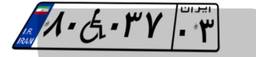
۶۷W۴۷۵۵۱